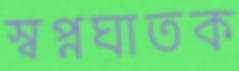
স্বপ্নঘাতক